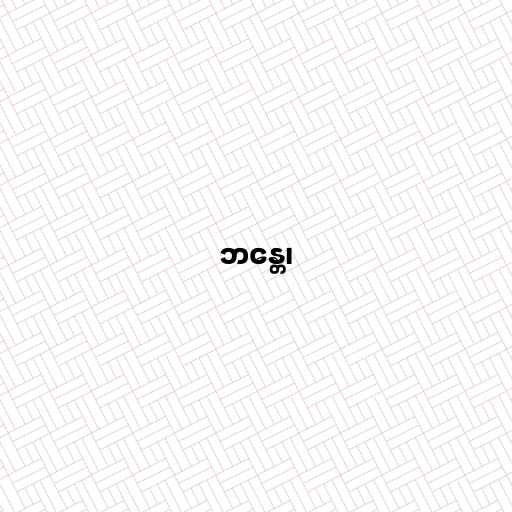
ဘန္တေ၊